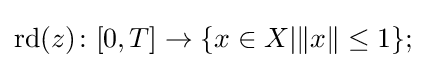
\mathrm {rd} (z)\colon [0,T]\to \{x\in X|\|x\|\leq 1\};